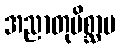
အညာတုမိစ္ဆာမ